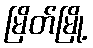
မြိတ်မြို့